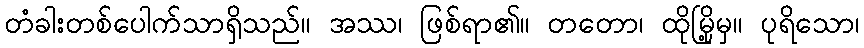
တံခါးတစ်ပေါက်သာရှိသည်။ အဿ၊ ဖြစ်ရာ၏။ တတော၊ ထိုမြို့မှ။ ပုရိသော၊